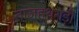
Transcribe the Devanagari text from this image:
ताजहथंगड़ी